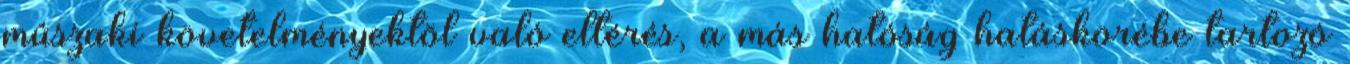
mûszaki követelményektõl való eltérés, a más hatóság hatáskörébe tartozó